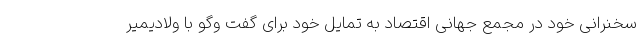
سخنرانی خود در مجمع جهانی اقتصاد به تمایل خود برای گفت وگو با ولادیمیر